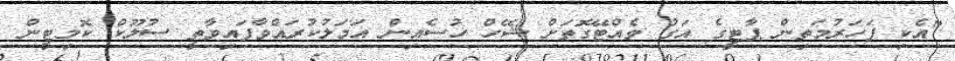
"އެކި ފަހަރުމަތިން ޕާޓީގެ އަގު ވެއްޓޭގޮތަށް ޝޭހް ހުސެއިން އަމަލުކުރައްވާފައިވާތީ ސުލޫކް ކޮމިޓީން